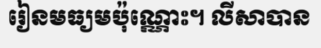
រៀនមធ្យមប៉ុណ្ណោះ។ លីសាបាន